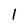
Character: 1